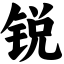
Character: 锐